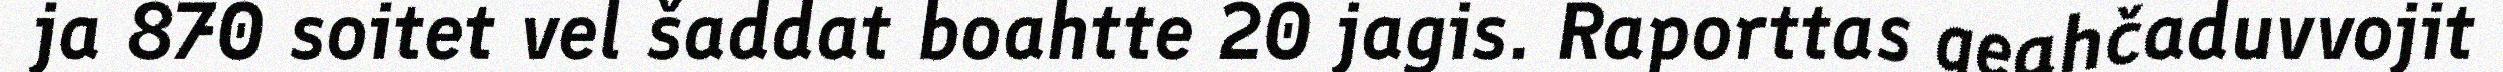
ja 870 soitet vel šaddat boahtte 20 jagis. Raporttas geahčaduvvojit